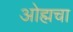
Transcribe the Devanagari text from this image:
ओह्मचा